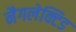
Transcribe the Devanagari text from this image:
नैगलेक्टिड